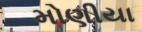
મોણીયા